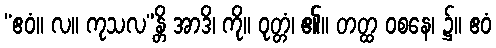
“ဧဝံ။ လ။ ကုသလ”န္တိ အာဒိ၊ ကို။ ဝုတ္တံ၊ ၏။ တတ္ထ ဝစနေ၊ ၌။ ဧဝံ